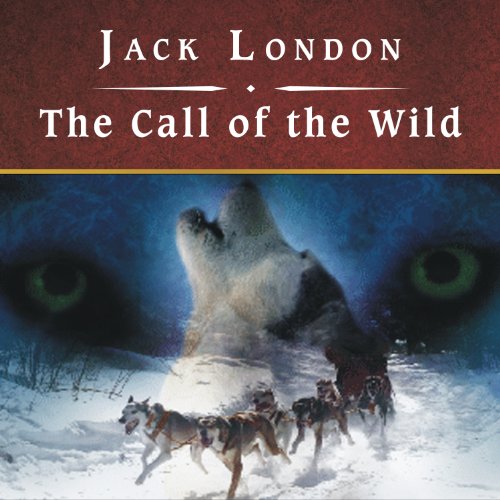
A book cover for The Call of the Wild; Jack London; Sports & Outdoors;